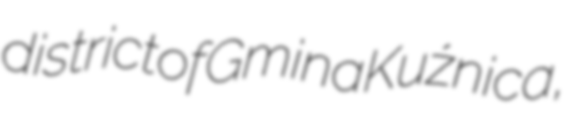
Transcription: district of Gmina Kuźnica,